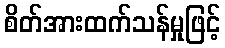
စိတ်အားထက်သန်မှုဖြင့်